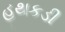
હથકડી